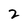
Character: 2